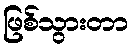
ဖြစ်သွားတာ